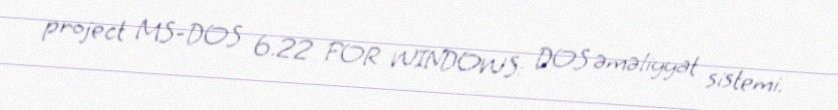
project MS-DOS 6.22 FOR WINDOWS: DOS əməliyyat sistemi.